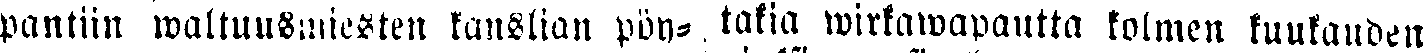
pantiin waltuusmiesten kanslian pön-  takia wirkawapautta kolmen kuukauden